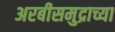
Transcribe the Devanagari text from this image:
अरबीसमुद्राच्या